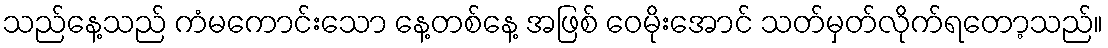
သည်နေ့သည် ကံမကောင်းသော နေ့တစ်နေ့ အဖြစ် ဝေမိုးအောင် သတ်မှတ်လိုက်ရတော့သည်။